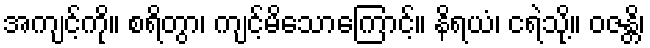
အကျင့်ကို။ စရိတွာ၊ ကျင့်မိသောကြောင့်။ နိရယံ၊ ငရဲသို့။ ဝဇန္တိ၊